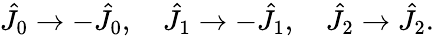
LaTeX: \hat{J}_{0}\rightarrow-\hat{J}_{0},\quad\hat{J}_{1}\rightarrow-\hat{J}_{1},\quad\hat{J}_{2}\rightarrow\hat{J}_{2}.